Juri_Uluots, lk 45
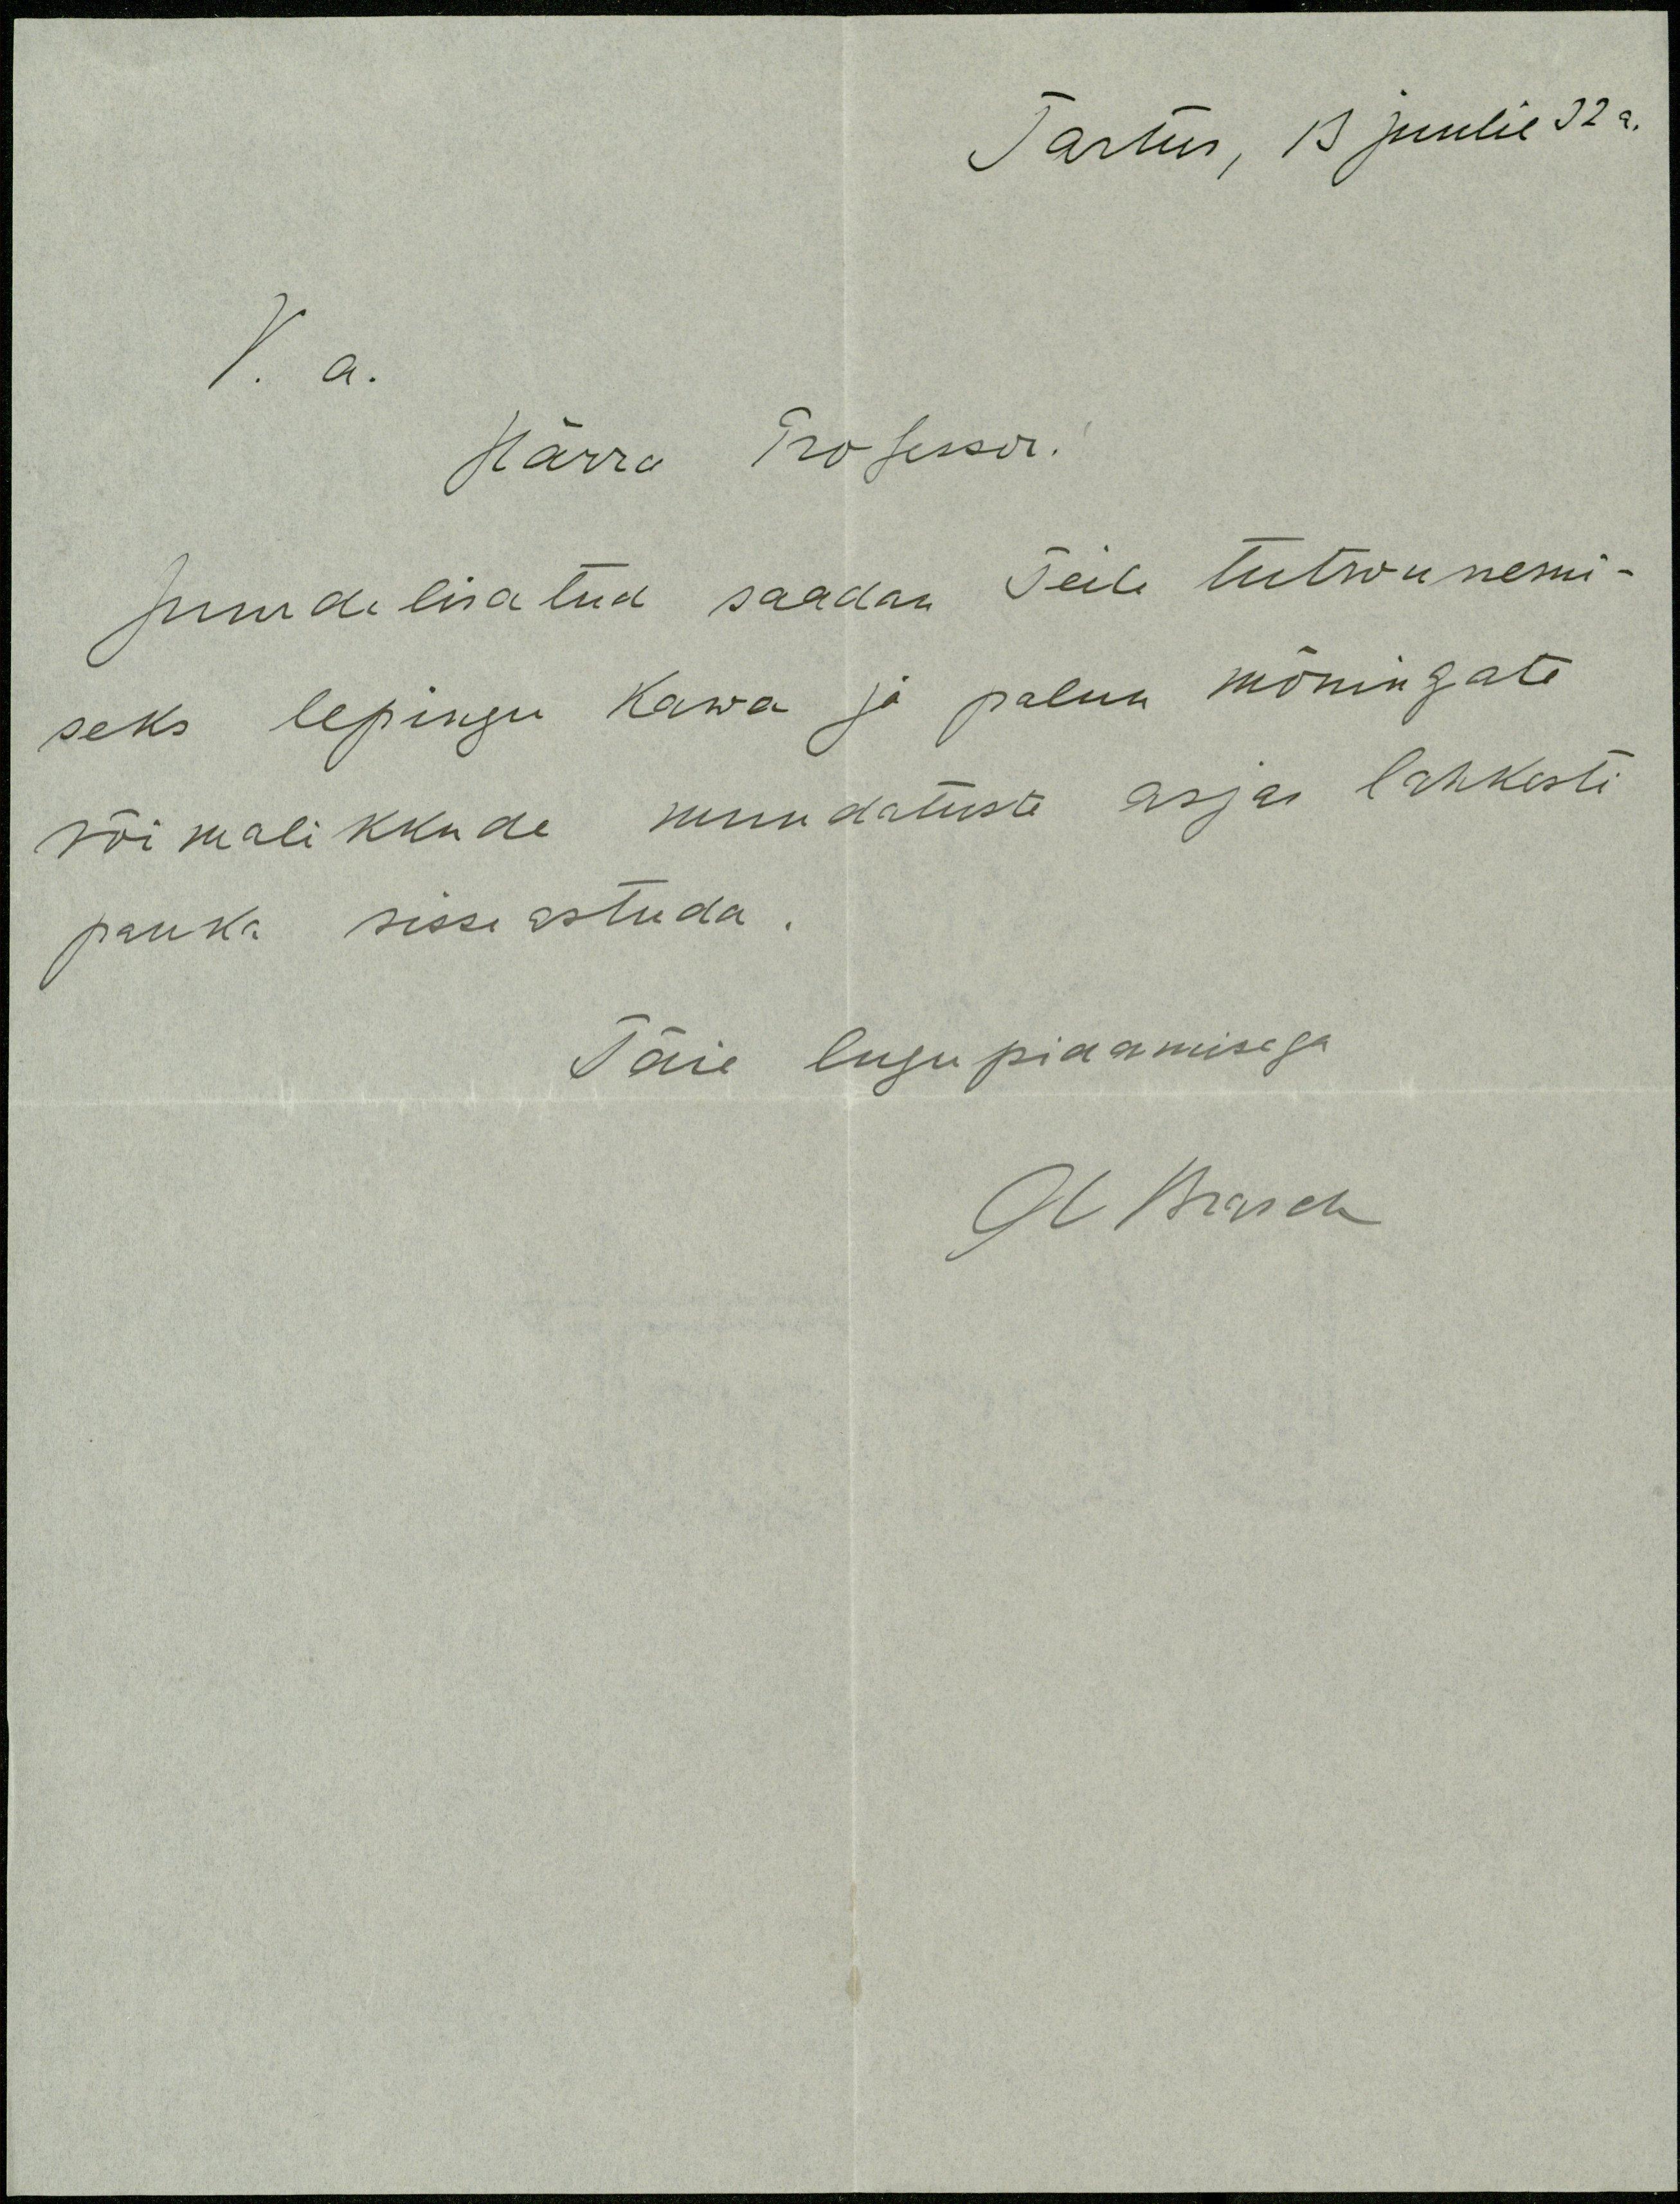
Tartus, 13 juulil 32 a.
V. a.
Härra Professor.
Juurdelisatud saadan Teile tutwunemi-
seks lepingu kawa ja palun mõningate
võimalikkude muudatuste asjas lahkesti
panka sisse astuda.
Täie lugupidamisega
A Brasch